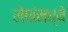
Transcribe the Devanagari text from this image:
लेपांमध्ये